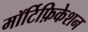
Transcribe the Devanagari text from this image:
मॉर्टिफ़िकेशन